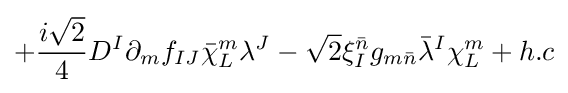
+{\frac {i{\sqrt {2}}}{4}}D^{I}\partial _{m}f_{IJ}{\bar {\chi }}_{L}^{m}\lambda ^{J}-{\sqrt {2}}\xi _{I}^{\bar {n}}g_{m{\bar {n}}}{\bar {\lambda }}^{I}\chi _{L}^{m}+h.c